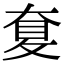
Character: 𡙐